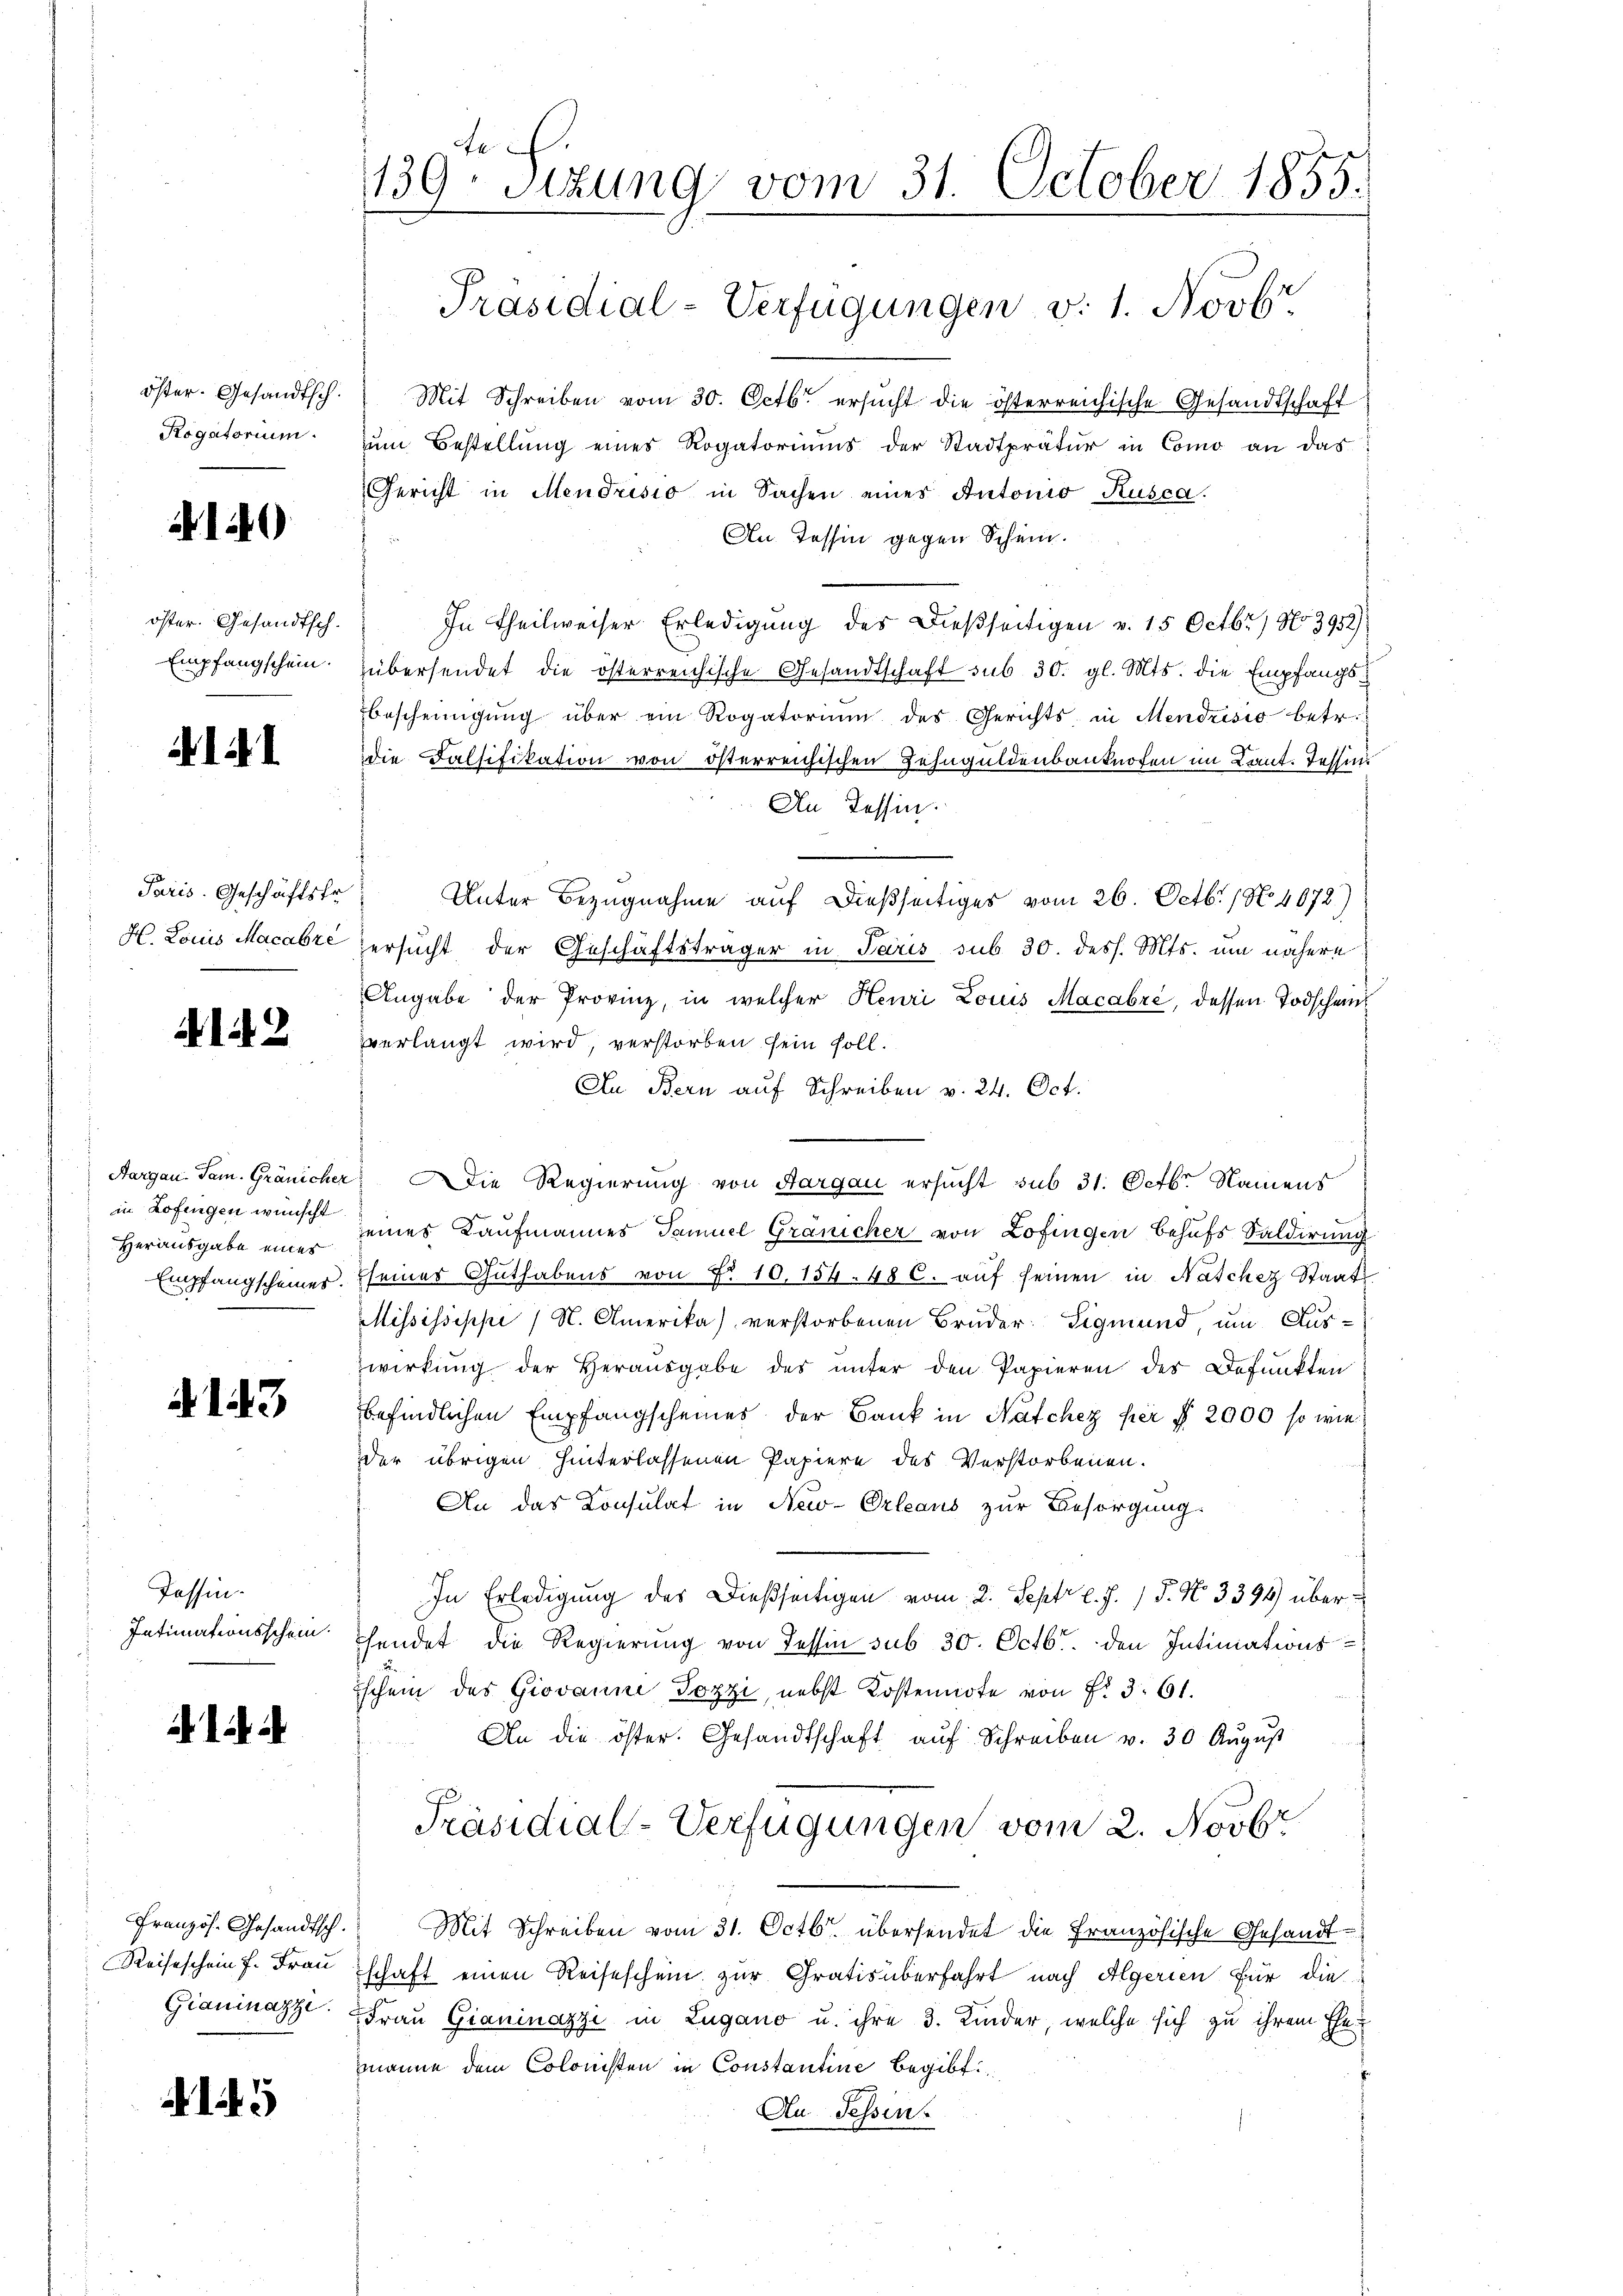
öster. Gesandtsch.
Rogatorium.

149

öster. Gesandtsch.
Empfangschein.

141

Paris. Geschäftsfr
H. Louis Macabré

Aargau. Tam. Gränicher
in Zofingen wünscht
Herausgabe eines
Empfangscheiner.

143

Tessin.
Intimationsschein

Französ. Gesandtsch.
Reiseschein f. Frau
Gianinazze.

139. Sizung vom 31. October 1855.
Präsidial-Verfügungen v. 1. Novbr.

Mit Schreiben vom 30. Octbr. ersucht die österreichische Gesandtschaft
zum Bestellung eines Rogatoriums der Stadtpratur in Como an das
Gericht in Mendrisio in Sachen eines Antonio Kusca.
An Tessin gegen Schein.
In Theilweiser Erledigung des Dießseitigen v. 15 Octbr.) No 3952)
übersendet die österreichische Gesandtschaft sub 30. gl. Mts. die Empfangsbescheinigung über ein Rogatorium des Gerichts in Mendrisio betr.
die Falsifikation von österreichischen Zehnguldenbanknoten im Kant. Tessin.
An Tessin.
Unter Bezugnahme auf dießseitiges vom 26. Octbr. 1 No 4072)
zersucht der Geschäftsträger in Paris sub 30 dess. Mts. um nähere
Angabe der Provinz, in welcher Henri Louis Macabré, dessen Todscheinverlangt wird, verstorben sein soll.
An Bern auf Schreiben v. 24. Oct.
 Die Regierung von Aargau ersucht sub 31. Octbr. Namens
eines Kaufmannes Samuel Gränicher von Zofingen behufs Saldirung
seines Guthabens von Nr. 10,154. 486. auf seinen in Natchez Staat
Mississippe (N. Amerika) verstorbenen Bruder Sigmund, um Auswirkung der Herausgabe des unter den Papieren des Defunkten
befindlichen Empfangscheines der Bank in Nachez per § 2000 so wie
der übrigen hinterlassenen Papiere des Verstorbenen.
An das Consulat in New-Orleans zur Besorgung
In Erledigung des dießseitigen vom 2. Septr l. J. 18. No. 3394 überhendet die Regierung von dessen sub 30. Octbr. den Intimationsschein des Giovanne Pozzi, nebst Kostennote von Fr. 3. 61.
An die öster. Gesandtschaft aŭf Schreiben v. 30 Aŭgŭst
Präsidial-Verfügungen vom 2. Novbr
Mit Schreiben vom 31. Octbr. übersendet die Französische Gesandtschaft einen Reiseschein zur Gratis überfahrt nach Algerien für die
Frau Gianinazzi in Zugano u. ihre 3. Kinder, welche sich zu ihrem Ehe-
manne dem Colonisten in Constantine begibt
Au Fessen.